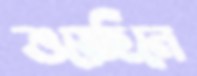
শুয়েছিলে